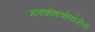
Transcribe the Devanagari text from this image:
मायक्रोबायोलॉजीची